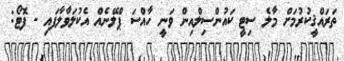
ތަރައްޤީކުރުމަށް މާލެ ސިޓީ ކައުންސިލްއިން ވަނީ ހާއްސަ ޕްލޭނެއް އެކުލަވާލާފައި - ފޮޓޯ: